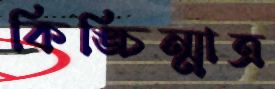
কিঙ্চিন্মাত্র